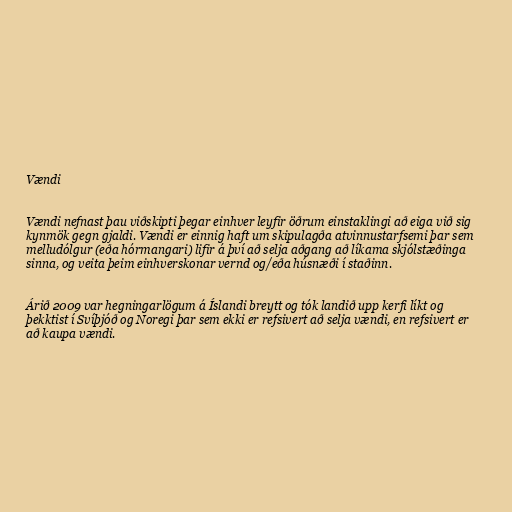
Vændi

Vændi nefnast þau viðskipti þegar einhver leyfir öðrum einstaklingi að eiga við sig
kynmök gegn gjaldi. Vændi er einnig haft um skipulagða atvinnustarfsemi þar sem
melludólgur (eða hórmangari) lifir á því að selja aðgang að líkama skjólstæðinga
sinna, og veita þeim einhverskonar vernd og/eða húsnæði í staðinn.

Árið 2009 var hegningarlögum á Íslandi breytt og tók landið upp kerfi líkt og
þekktist í Svíþjóð og Noregi þar sem ekki er refsivert að selja vændi, en refsivert er
að kaupa vændi.